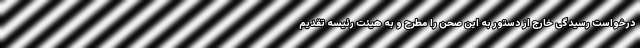
درخواست رسیدگی خارج از دستور به این صحن را مطرح و به هیئت رئیسه تقدیم